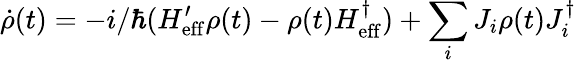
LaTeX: \dot{\rho}(t)=-i/\hbar(H_{\mathrm{eff}}^{\prime}\rho(t)-\rho(t)H_{\mathrm{eff}}^{\dagger})+\sum_{i}J_{i}\rho(t)J_{i}^{\dagger}